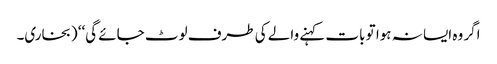
اگر وہ ایسا نہ ہوا تو بات کہنے والے کی طرف لوٹ جائے گی‘‘ (بخاری۔